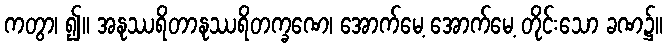
ကတွာ၊ ၍။ အနုဿရိတာနုဿရိတက္ခဏေ၊ အောက်မေ့ အောက်မေ့ တိုင်းသော ခဏ၌။